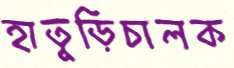
হাতুড়িচালক